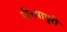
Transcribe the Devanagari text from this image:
मीरजापुरी